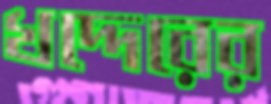
খদ্দেরের